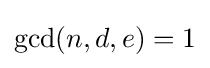
\gcd(n,d,e)=1